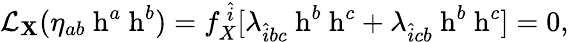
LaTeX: \begin{array}{r}{\mathcal{L}_{{\mathbf X}}(\eta_{ab}\mathrm{{\mathbf~h}}^{a}\mathrm{{\mathbf~h}}^{b})=f_{X}^{~\hat{i}}[\lambda_{\hat{i}bc}\mathrm{{\mathbf~h}}^{b}\mathrm{{\mathbf~h}}^{c}+\lambda_{\hat{i}cb}\mathrm{{\mathbf~h}}^{b}\mathrm{{\mathbf~h}}^{c}]=0,}\end{array}